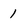
Character: 1